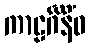
ကာဠင်္ဂိနိံဝ